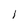
Character: 1